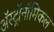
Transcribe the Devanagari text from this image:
अॅस्ट्रॉनॉमिकल